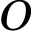
O